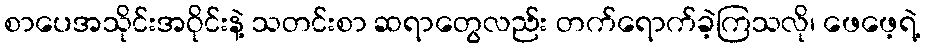
စာပေအသိုင်းအဝိုင်းနဲ့ သတင်းစာ ဆရာတွေလည်း တက်ရောက်ခဲ့ကြသလို၊ ဖေဖေ့ရဲ့